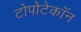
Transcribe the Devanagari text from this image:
टोपोटेकॉन